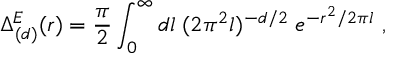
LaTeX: \Delta _ { ( d ) } ^ { E } ( r ) = { \frac { \pi } { 2 } } \int _ { 0 } ^ { \infty } d l \; ( 2 \pi ^ { 2 } l ) ^ { - d / 2 } \; e ^ { - r ^ { 2 } / 2 \pi l } \ ,